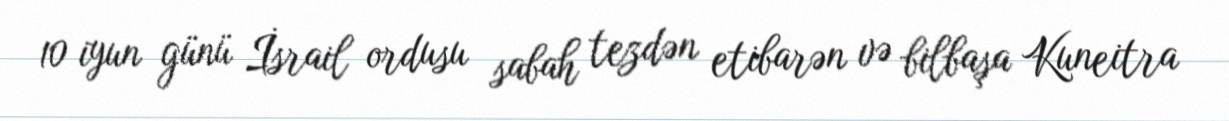
10 iyun günü İsrail ordusu sabah tezdən etibarən və bilbaşa Kuneitra